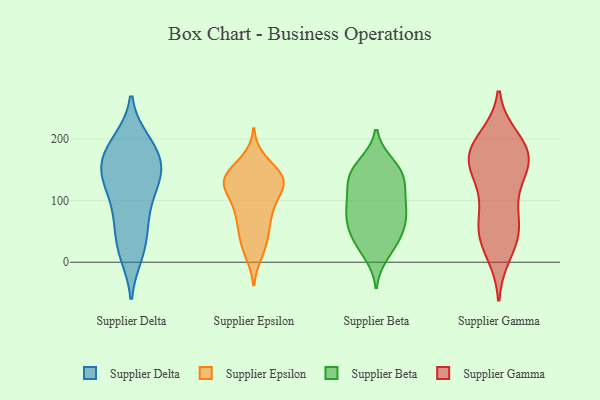
{"axis": {"x": "Website Visitors", "y": "Value"}, "legend": ["Supplier Beta", "Supplier Delta", "Supplier Epsilon", "Supplier Gamma"], "data": [{"x": "", "y": 122, "type": "Supplier Delta"}, {"x": "", "y": 155, "type": "Supplier Delta"}, {"x": "", "y": 193, "type": "Supplier Delta"}, {"x": "", "y": 13, "type": "Supplier Delta"}, {"x": "", "y": 26, "type": "Supplier Delta"}, {"x": "", "y": 198, "type": "Supplier Delta"}, {"x": "", "y": 85, "type": "Supplier Delta"}, {"x": "", "y": 143, "type": "Supplier Delta"}, {"x": "", "y": 78, "type": "Supplier Delta"}, {"x": "", "y": 123, "type": "Supplier Delta"}, {"x": "", "y": 161, "type": "Supplier Delta"}, {"x": "", "y": 126, "type": "Supplier Delta"}, {"x": "", "y": 152, "type": "Supplier Delta"}, {"x": "", "y": 12, "type": "Supplier Delta"}, {"x": "", "y": 138, "type": "Supplier Delta"}, {"x": "", "y": 49, "type": "Supplier Delta"}, {"x": "", "y": 177, "type": "Supplier Delta"}, {"x": "", "y": 66, "type": "Supplier Delta"}, {"x": "", "y": 197, "type": "Supplier Delta"}, {"x": "", "y": 173, "type": "Supplier Delta"}, {"x": "", "y": 138, "type": "Supplier Epsilon"}, {"x": "", "y": 54, "type": "Supplier Epsilon"}, {"x": "", "y": 141, "type": "Supplier Epsilon"}, {"x": "", "y": 132, "type": "Supplier Epsilon"}, {"x": "", "y": 16, "type": "Supplier Epsilon"}, {"x": "", "y": 164, "type": "Supplier Epsilon"}, {"x": "", "y": 75, "type": "Supplier Epsilon"}, {"x": "", "y": 86, "type": "Supplier Epsilon"}, {"x": "", "y": 123, "type": "Supplier Epsilon"}, {"x": "", "y": 70, "type": "Supplier Epsilon"}, {"x": "", "y": 25, "type": "Supplier Epsilon"}, {"x": "", "y": 96, "type": "Supplier Epsilon"}, {"x": "", "y": 127, "type": "Supplier Epsilon"}, {"x": "", "y": 140, "type": "Supplier Epsilon"}, {"x": "", "y": 36, "type": "Supplier Epsilon"}, {"x": "", "y": 124, "type": "Supplier Epsilon"}, {"x": "", "y": 123, "type": "Supplier Epsilon"}, {"x": "", "y": 141, "type": "Supplier Epsilon"}, {"x": "", "y": 132, "type": "Supplier Beta"}, {"x": "", "y": 160, "type": "Supplier Beta"}, {"x": "", "y": 159, "type": "Supplier Beta"}, {"x": "", "y": 48, "type": "Supplier Beta"}, {"x": "", "y": 140, "type": "Supplier Beta"}, {"x": "", "y": 119, "type": "Supplier Beta"}, {"x": "", "y": 43, "type": "Supplier Beta"}, {"x": "", "y": 22, "type": "Supplier Beta"}, {"x": "", "y": 69, "type": "Supplier Beta"}, {"x": "", "y": 13, "type": "Supplier Beta"}, {"x": "", "y": 62, "type": "Supplier Beta"}, {"x": "", "y": 143, "type": "Supplier Beta"}, {"x": "", "y": 86, "type": "Supplier Beta"}, {"x": "", "y": 99, "type": "Supplier Beta"}, {"x": "", "y": 40, "type": "Supplier Beta"}, {"x": "", "y": 141, "type": "Supplier Beta"}, {"x": "", "y": 107, "type": "Supplier Beta"}, {"x": "", "y": 82, "type": "Supplier Beta"}, {"x": "", "y": 81, "type": "Supplier Beta"}, {"x": "", "y": 170, "type": "Supplier Gamma"}, {"x": "", "y": 139, "type": "Supplier Gamma"}, {"x": "", "y": 40, "type": "Supplier Gamma"}, {"x": "", "y": 45, "type": "Supplier Gamma"}, {"x": "", "y": 132, "type": "Supplier Gamma"}, {"x": "", "y": 87, "type": "Supplier Gamma"}, {"x": "", "y": 159, "type": "Supplier Gamma"}, {"x": "", "y": 182, "type": "Supplier Gamma"}, {"x": "", "y": 69, "type": "Supplier Gamma"}, {"x": "", "y": 50, "type": "Supplier Gamma"}, {"x": "", "y": 168, "type": "Supplier Gamma"}, {"x": "", "y": 199, "type": "Supplier Gamma"}, {"x": "", "y": 183, "type": "Supplier Gamma"}, {"x": "", "y": 16, "type": "Supplier Gamma"}, {"x": "", "y": 181, "type": "Supplier Gamma"}]}